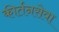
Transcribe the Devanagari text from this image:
कीर्तनसेवा